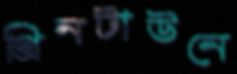
গ্রিনটাউনে